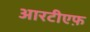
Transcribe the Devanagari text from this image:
आरटीएफ़